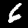
Digit: 6